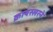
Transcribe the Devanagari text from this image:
क्रायस्लरने